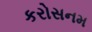
કરોસનમ